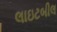
લાઇટબીલ